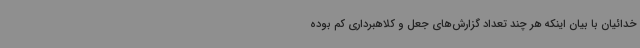
خدائیان با بیان اینکه هر چند تعداد گزارش‌های جعل و کلاهبرداری کم بوده